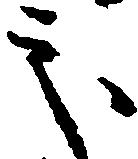
処